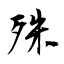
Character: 殊